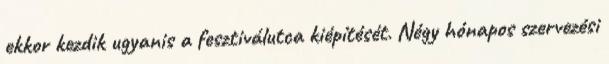
ekkor kezdik ugyanis a fesztiválutca kiépítését. Négy hónapos szervezési